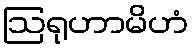
ဩရုဟာမိဟံ